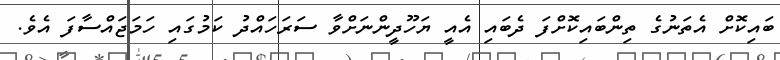
ބައިކޮށް އެތަނުގެ ތިންބައިކޮށްފަ ދެބައި އެއީ ޔަހޫދީންނަށްވާ ސަރަހައްދު ކަމުގައި ހަމަޖައްސާފަ އެވެ.